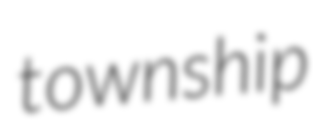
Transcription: township